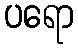
ပရော